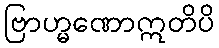
ဗြာဟ္မဏောဣတိပိ